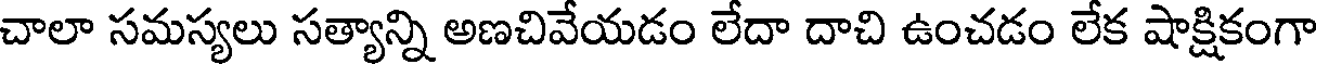
చాలా సమస్యలు సత్యాన్ని అణచివేయడం లేదా దాచి ఉంచడం లేక షాక్షికంగా